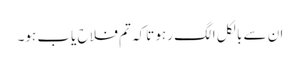
ان سے بالکل الگ رہو تاکہ تم فلاح یاب ہو۔